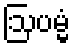
ဩပမ္မံ